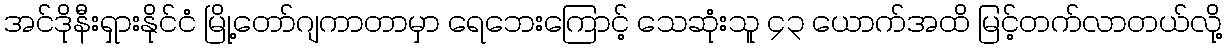
အင်ဒိုနီးရှားနိုင်ငံ မြို့တော်ဂျကာတာမှာ ရေဘေးကြောင့် သေဆုံးသူ ၄၃ ယောက်အထိ မြင့်တက်လာတယ်လို့